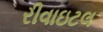
રીવાઇટલ